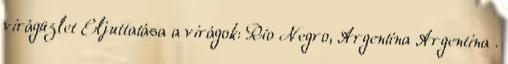
virágüzlet Eljuttatása a virágok: Río Negro, Argentína Argentina .